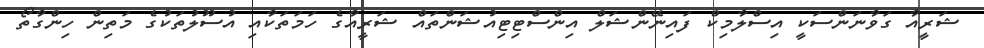
ޝަރީއާ ގަވާނަންސަކީ އިސްލާމިކް ފައިނޭންޝަލް އިންސްޓިޓިއުޝަންތައް ޝަރީއާގެ ހަމަތަކާއި އުސޫލުތަކުގެ މަތިން ހިންގާތޯ